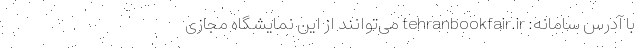
با آدرس سامانه: tehranbookfair.ir می‌توانند از این نمایشگاه مجازی